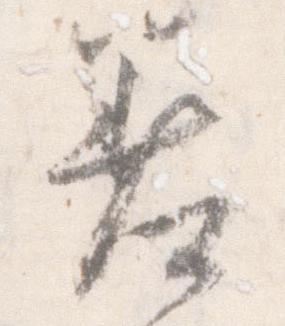
差